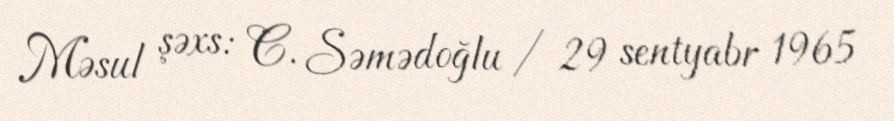
Məsul şəxs: C. Səmədoğlu / 29 sentyabr 1965